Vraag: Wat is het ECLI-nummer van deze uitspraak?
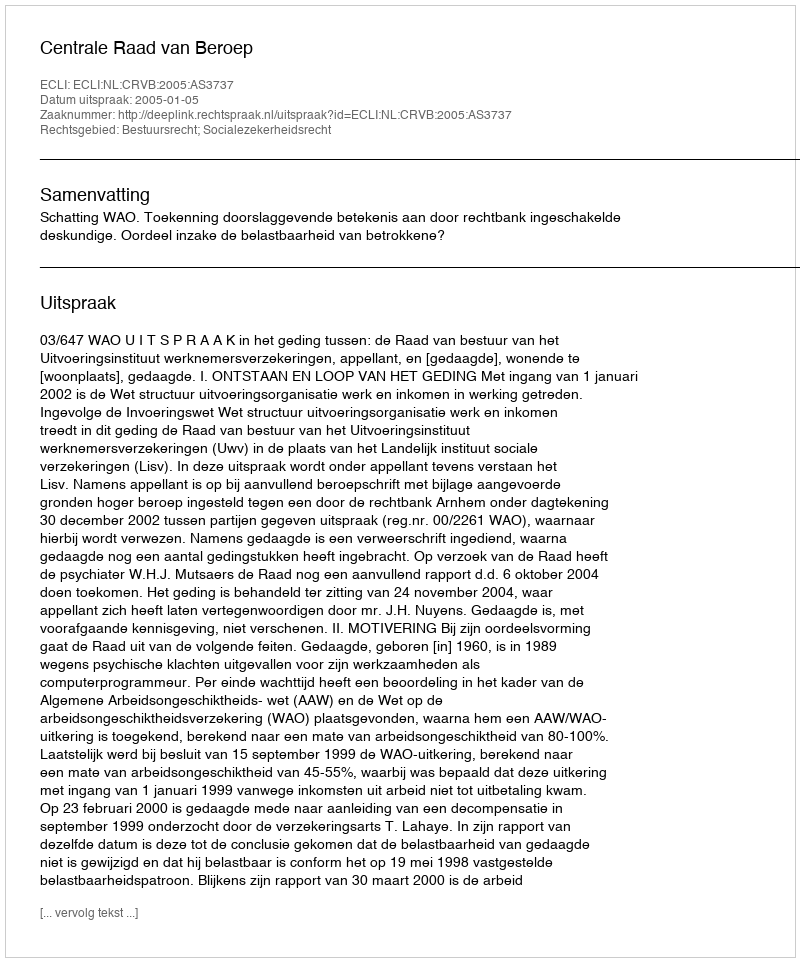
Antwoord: ECLI:NL:CRVB:2005:AS3737